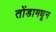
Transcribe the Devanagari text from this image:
तोंडामधून